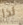
لذا